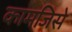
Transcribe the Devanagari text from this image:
कामजिसे